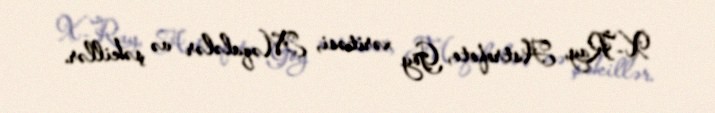
X-Ray, Astrofoto, Göy xəritəsi, Məqalələr və şəkillər.